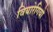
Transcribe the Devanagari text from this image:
वियारेगियो